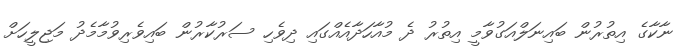
ނާކާގެ އިތުރުން ބައިނަލްއަގުވާމީ އިތުރު ދެ މުއާހަދާއެއްގައި ދިވެހި ސަރުކާރުން ބައިވެރިވުމާމެދު މަޖިލީހަށް